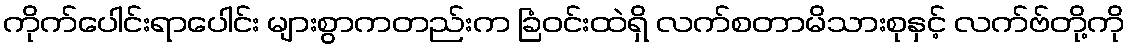
ကိုက်ပေါင်းရာပေါင်း များစွာကတည်းက ခြံဝင်းထဲရှိ လက်စတာမိသားစုနှင့် လက်ဗ်တို့ကို